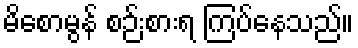
မိစောမွန် စဉ်းစားရ ကြပ်နေသည်။